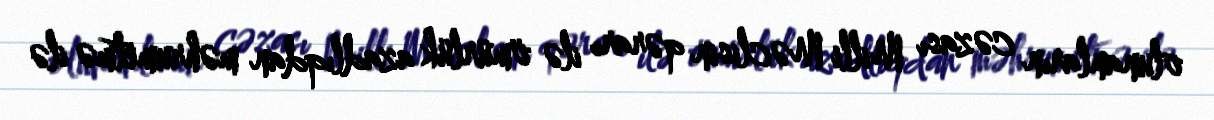
olunanların cəzası Milli Məclisin qərarı ilə ömürlük azadlıqdan məhrumetmə ilə